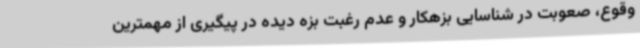
وقوع، صعوبت در شناسایی بزهکار و عدم رغبت بزه دیده در پیگیری از مهمترین